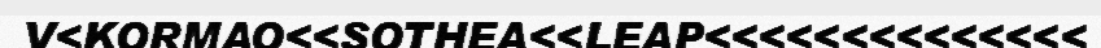
V<KORMAO<<SOTHEA<<LEAP<<<<<<<<<<<<<<